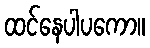
ထင်နေပါပကော။